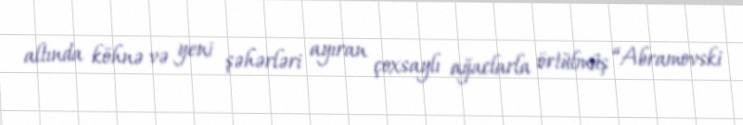
altında köhnə və yeni şəhərləri ayıran çoxsaylı ağaclarla örtülmüş “Abramovski